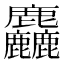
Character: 麤